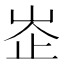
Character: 峜